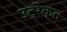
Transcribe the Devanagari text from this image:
उट्रेक्त